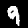
Label: 9